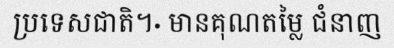
ប្រទេសជាតិ។· មានគុណតម្លៃ ជំនាញ